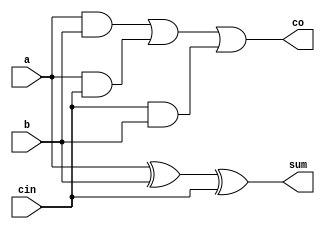
//adder_subtactor_4bit.v

module full_adder(a,b,cin,sum,co);

input a,b,cin;
output sum,co;

assign sum=a^b^cin;
assign co=(a&b)|(a&cin)|(cin&b);

endmodule

module adder_4bit ( a ,b ,sum ,carry_out );

output [3:0] sum ;
output carry_out ;

input [3:0] a ;
input [3:0] b ; 

wire [2:0]c;

full_adder fa_dut1(a[0],b[0],1'b0,sum[0],c[0]);
full_adder fa_dut2(a[1],b[1],c[0],sum[1],c[1]);
full_adder fa_dut3(a[2],b[2],c[1],sum[2],c[2]);
full_adder fa_dut4(a[3],b[3],c[2],sum[3],carry_out);

endmodule

module subtractor_4bit ( a ,b ,diff ,borrow );

output [3:0] diff ;
output borrow ;

input [3:0] a ;
input [3:0] b ;

wire [2:0]s;
wire [3:0]l;

xor(l[0],b[0],1'b1);
xor(l[1],b[1],1'b1);
xor(l[2],b[2],1'b1);
xor(l[3],b[3],1'b1);

full_adder fa_dut1(a[0],l[0],1'b1,diff[0],s[0]);
full_adder fa_dut2(a[1],l[1],s[0],diff[1],s[1]);
full_adder fa_dut3(a[2],l[2],s[1],diff[2],s[2]);
full_adder fa_dut4(a[3],l[3],s[2],diff[3],borrow);

endmodule

module mux_4bit ( add ,sub , sel_add1_sub0, dout );
output [4:0]dout ;
input [4:0]add ;
input [4:0]sub ;
input sel_add1_sub0 ;
   
assign dout = sel_add1_sub0 ? add : sub;

endmodule

module adder_subtractor_4bit(a,b,sel_add1_sub0,sum_diff,carry_borrow_out);

output [3:0] sum_diff;
output carry_borrow_out;

input [3:0] a ;
input [3:0] b ;
input sel_add1_sub0 ;   

wire [3:0]sum1;
wire carry_out;

wire [3:0]diff1;
wire borrow;

wire [4:0]add,sub,dout;

assign add={carry_out,sum1};
assign sub={borrow,diff1};

assign carry_borrow_out=dout[4];
assign sum_diff=dout[3:0];

adder_4bit adder_dut(.a(a),.b(b),.sum(sum1),.carry_out(carry_out));

subtractor_4bit sub_dut(.a(a),.b(b),.diff(diff1),.borrow(borrow));

mux_4bit mux_dut(.add(add),.sub(sub),.sel_add1_sub0(sel_add1_sub0),.dout(dout));


endmodule